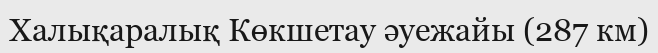
Халықаралық Көкшетау әуежайы (287 км)